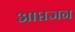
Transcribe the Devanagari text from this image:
आप्तजन